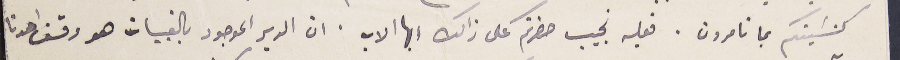
كنسَيتكم بما تامرون. فعليه نجيب حضرتكم على ذالك ايها الاب. ان الدير الموجود بالقبيات هو وقف احدنا